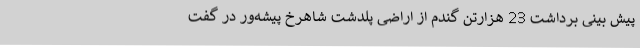
پیش بینی برداشت 23 هزارتن گندم از اراضی پلدشت شاهرخ پیشه‌ور در گفت